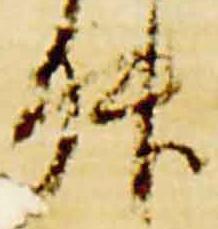
升